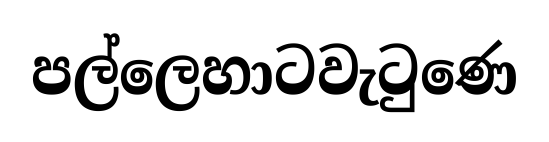
පල්ලෙහාටවැටුණෙ